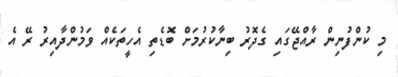
މި ކުންފުނިން ރާއްޖޭގައި ގެދޮރު ބިނާކުރުމަށް ބޮޑެތި އެހީތަކެއް ވަމުންދާއިރު ރޭ އެ